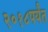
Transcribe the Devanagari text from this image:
२०१८पर्यंत